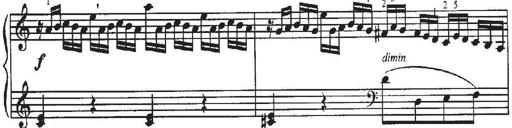
Title: Sonatina No.4 in C major
Composer: Georg Benda
Key: C major